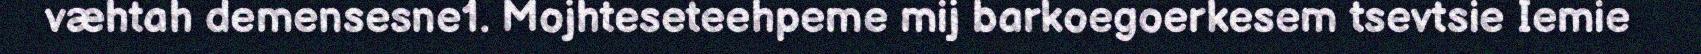
væhtah demensesne1. Mojhteseteehpeme mij barkoegoerkesem tsevtsie Iemie